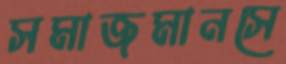
সমাজমানসে